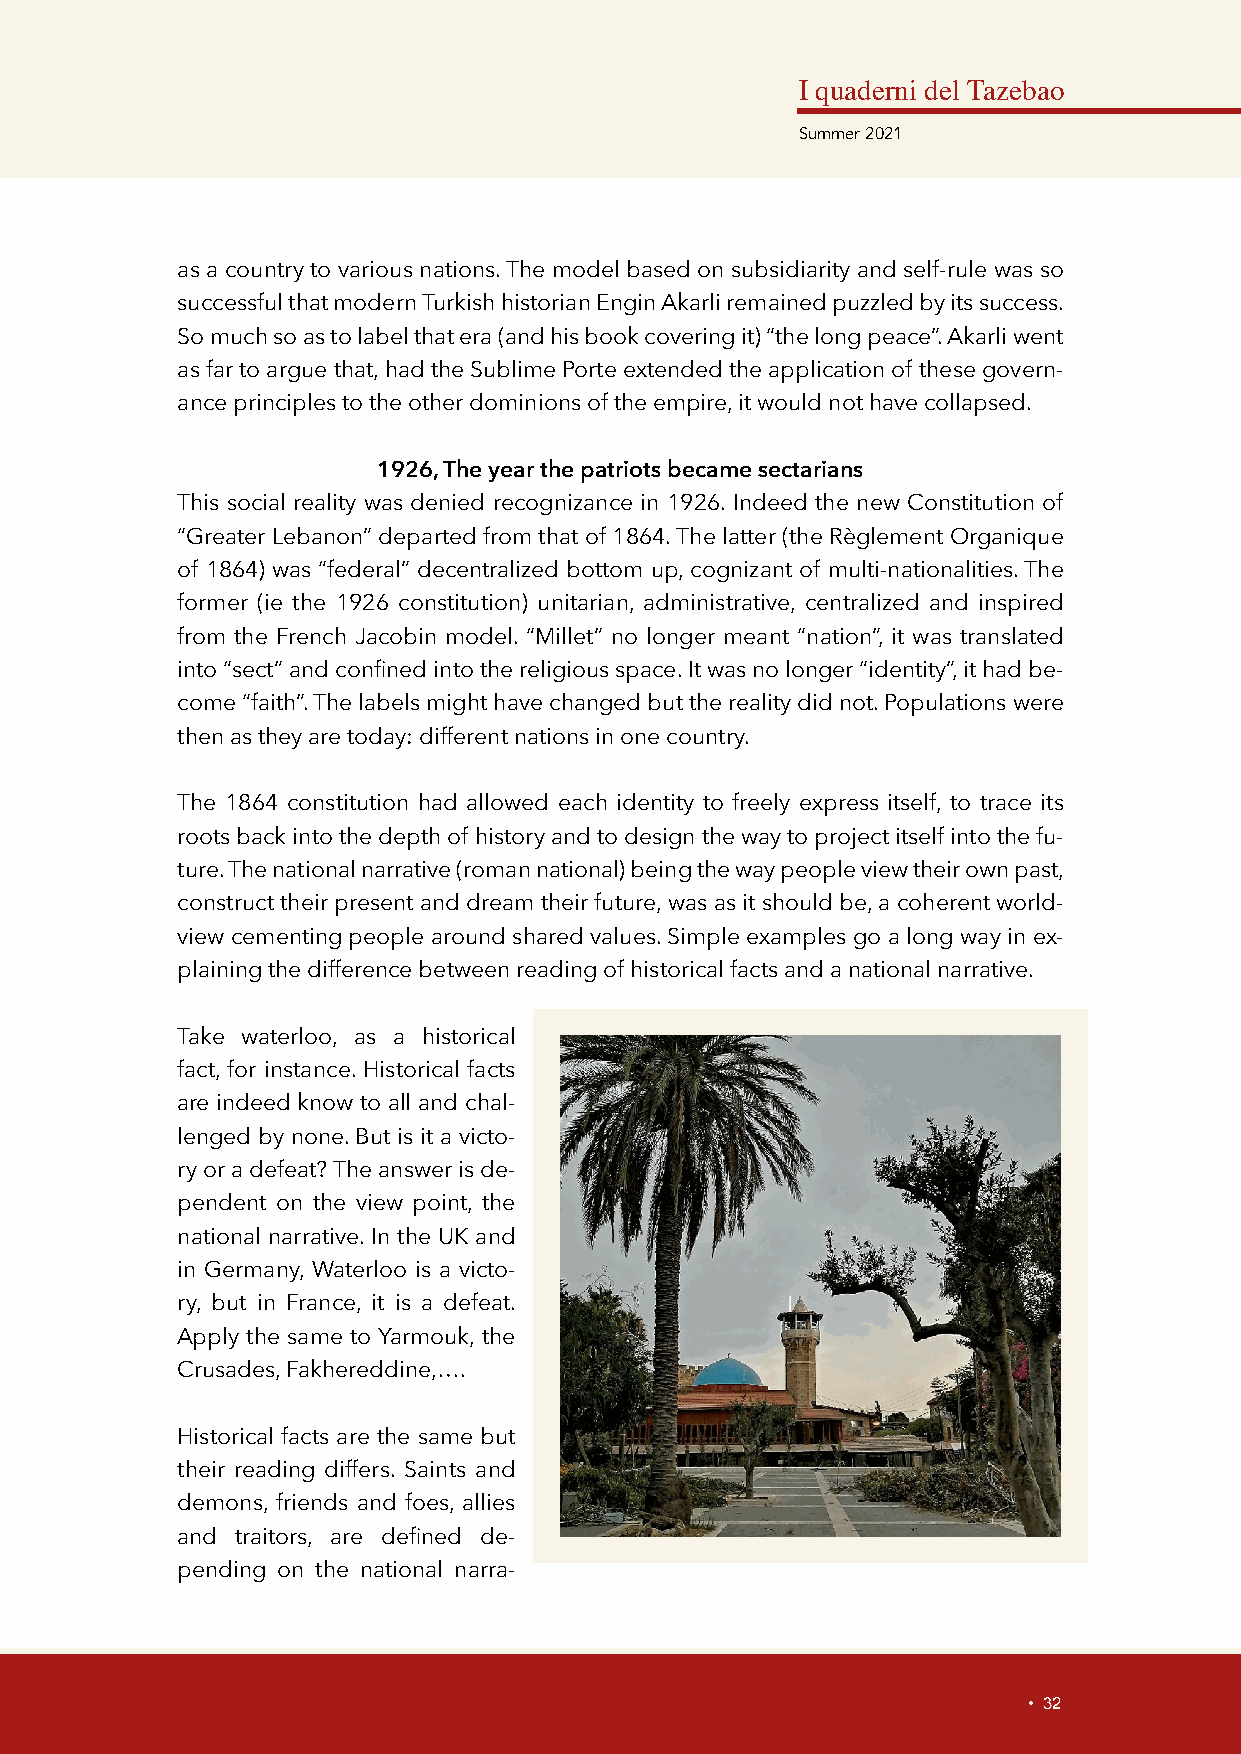
I quaderni del Tazebao
 Summer 2021
 as a country to various nations. The model based on subsidiarity and self-rule was so
 successful that modern Turkish historian Engin Akarli remained puzzled by its success.
 So much so as to label that era (and his book covering it) “the long peace”. Akarli went
 as far to argue that, had the Sublime Porte extended the application of these govern-
 ance principles to the other dominions of the empire, it would not have collapsed.
 1926, The year the patriots became sectarians
 This social reality was denied recognizance in 1926. Indeed the new Constitution of
 “Greater Lebanon” departed from that of 1864. The latter (the Règlement Organique
 of 1864) was “federal” decentralized bottom up, cognizant of multi-nationalities. The
 former (ie the 1926 constitution) unitarian, administrative, centralized and inspired
 from the French Jacobin model. “Millet” no longer meant “nation”, it was translated
 into “sect” and confined into the religious space. It was no longer “identity”, it had be-
 come “faith”. The labels might have changed but the reality did not. Populations were
 then as they are today: different nations in one country.
 The 1864 constitution had allowed each identity to freely express itself, to trace its
 roots back into the depth of history and to design the way to project itself into the fu-
 ture. The national narrative (roman national) being the way people view their own past,
 construct their present and dream their future, was as it should be, a coherent world-
 view cementing people around shared values. Simple examples go a long way in ex-
 plaining the difference between reading of historical facts and a national narrative.
 Take waterloo, as a historical
 fact, for instance. Historical facts
 are indeed know to all and chal-
 lenged by none. But is it a victo-
 ry or a defeat? The answer is de-
 pendent on the view point, the
 national narrative. In the UK and
 in Germany, Waterloo is a victo-
 ry, but in France, it is a defeat.
 Apply the same to Yarmouk, the
 Crusades, Fakhereddine,….
 Historical facts are the same but
 their reading differs. Saints and
 demons, friends and foes, allies
 and traitors, are defined de-
 pending on the national narra-
 • 32